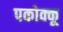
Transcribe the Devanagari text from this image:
पकोक्कू